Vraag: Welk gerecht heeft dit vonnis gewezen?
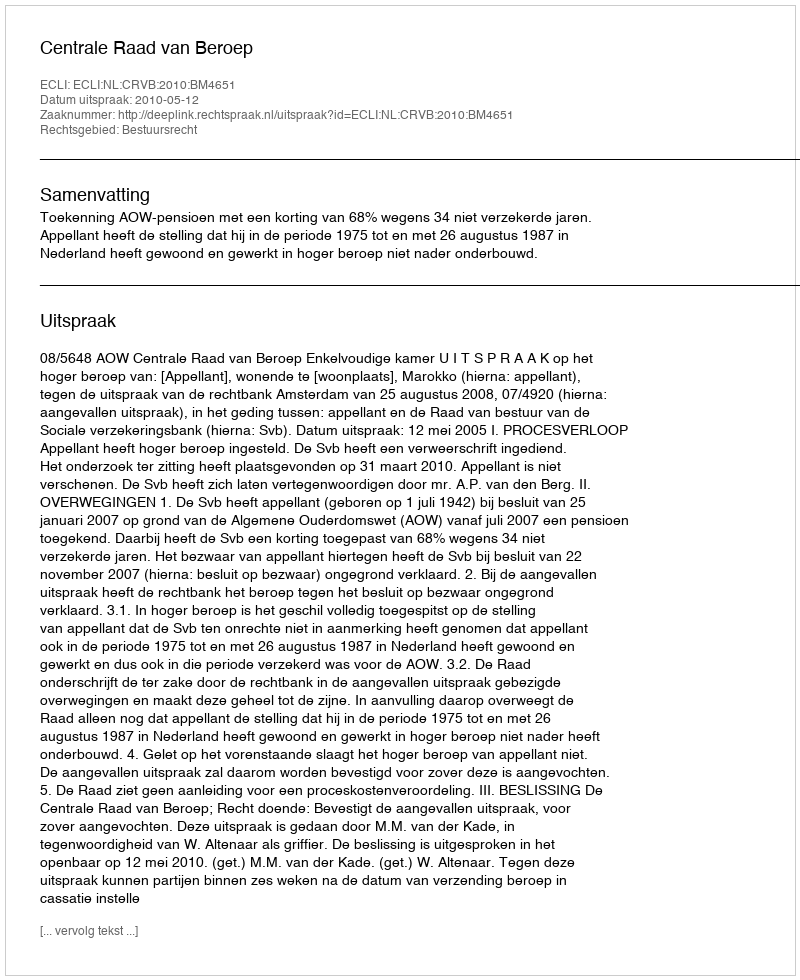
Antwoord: Centrale Raad van Beroep